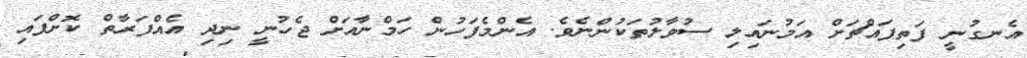
އެނގުނީ ފަތިފައްޗަށް އަމުނައިލި ސުވާލުތަކުންނެވެ. އެންމެފަހުން ހަމްނާއަށް ޖެހުނީ ނިދި އެއްފަރާތް ކޮށްފައި